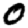
Digit: 0